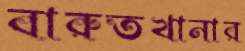
বারুতখানার